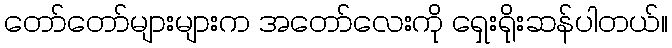
တော်တော်များများက အတော်လေးကို ရှေးရိုးဆန်ပါတယ်။